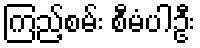
ကြည့်စမ်း စီမံပါဦး